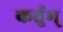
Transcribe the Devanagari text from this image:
कर्तुम्